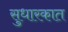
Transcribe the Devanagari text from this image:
सुधारकात